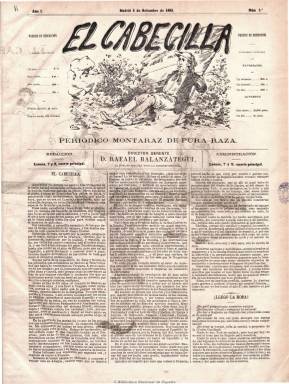
Título: El Cabecilla (Madrid)
Colección: Periódicos || Carlismo
Ámbito geográfico: Madrid
Lugar de publicación: Madrid
Fechas: 02/09/1882-08/02/1890

Subtitulado “periódico montaraz de pura raza”, es un semanario que aparece los sábados, de carácter joco-serio y adscrito al carlismo. Fue partidario de su correligionario “legitimista” La Fe (1876-1891), de Antonio Juan Vildósola (1929-1893), que se situaba más cerca del “colaboracionista” o “mestizo” El Fénix (1879-1884), de Alejandro Pidal y Mon (1846-1913), y contrario y enfrentado al “confesional” El Siglo futuro (1875-1936), del integrista Cándido Nocedal (1821-1885). Dirigió su discrepancia y críticas contra los dirigentes oficiales del movimiento, a los que tildaba de traidores a las esencias del carlismo.

Incluye un grabado en su cabecera (dibujada por Cilia) en donde aparece un carlista tocado con una boina y enarbolando una bandera con la leyenda “Dios, patria, rey”. De marcado carácter tradicionalista y antiliberal, fue fundado por Rafael Balanzátegui (1853-), que aparece como primer director-gerente de la publicación, siendo éste uno de los “rebeldes” que protestó contra el pretendiente Carlos VII, con el que después se reconcilió, y al que se sumó pronto el militar y periodista Leoncio González de Granda (1852-1913), que tomaría la dirección del semanario. Entre sus colaboradores estuvieron Valentín de Novoa y Valentín Gómez.

De cuatro páginas, las dos centrales la ocupan una lámina, generalmente en color, con una viñeta humorístico-política, caricaturas o retratos. Fue estampado en la Imprenta de Ubado Montegrifo, y los textos, algunos en verso, son artículos y breves comentarios de actualidad política, noticias, revista de prensa, y una sección bajo el epígrafe “Trabucazos”. Nocedal se querelló varias veces contra su director e Isidoro Ternero, que deja de ser su propietario el uno de enero de 1883, estampándose desde entonces sus caricaturas a dos tintas. Cesó en diciembre de 1888. En noviembre de 1889 inició una segunda época. Se publicaba aún en 1890. Véase para este título carlista la obra de Navarro Cabanes (1917).